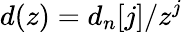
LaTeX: d(z)=d_{n}[j]/z^{j}